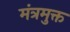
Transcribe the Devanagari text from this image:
मंत्रमुक्त